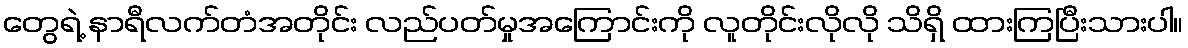
တွေရဲ့ နာရီလက်တံအတိုင်း လည်ပတ်မှုအကြောင်းကို လူတိုင်းလိုလို သိရှိ ထားကြပြီးသားပါ။